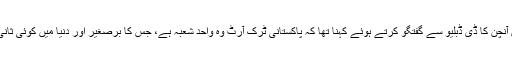
علی سلمان آنچن کا ڈی ڈبلیو سے گفتگو کرتے ہوئے کہنا تھا کہ پاکستانی ٹرک آرٹ وہ واحد شعبہ ہے، جس کا برصغیر اور دنیا میں کوئی ثانی نہیں ہے۔